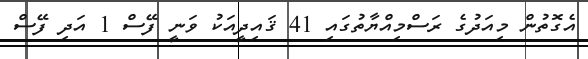
އެގޮތުން މިއަދުގެ ރަސްމިއްޔާތުގައި 41 ޤައިދީއަކު ވަނީ ފޭސް 1 އަދި ފޭސް